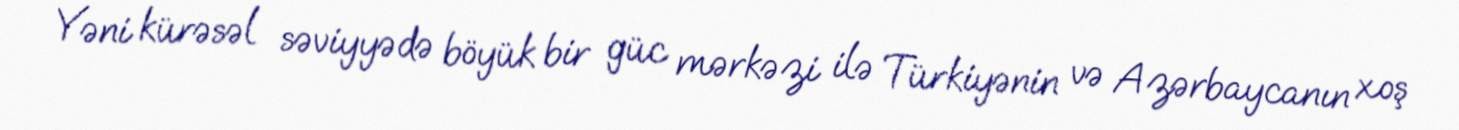
Yəni kürəsəl səviyyədə böyük bir güc mərkəzi ilə Türkiyənin və Azərbaycanın xoş